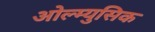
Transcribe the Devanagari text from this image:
ओल्म्युसिक